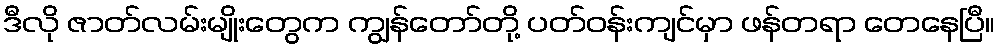
ဒီလို ဇာတ်လမ်းမျိုးတွေက ကျွန်တော်တို့ ပတ်ဝန်းကျင်မှာ ဖန်တရာ တေနေပြီ။